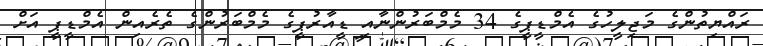
ރައްޔިތުންގެ މަޖިލީހުގެ އެމްޑީޕީގެ 34 މެމްބަރުންނާއި ޑީއާރުޕީގެ މެމްބަރުންގެ ތެރެއިން އެމްޑީޕީ އަށް